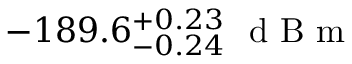
- 1 8 9 . 6 _ { - 0 . 2 4 } ^ { + 0 . 2 3 } \ \mathrm { ~ d ~ B ~ m ~ }